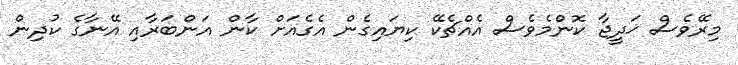
މިރޭވެސް ޚަދީޖާ ކޮންމެވެސް އެއްޗެކޭ ކިޔައިގެން އެގެއަށް ކާން އަންބަރާއި އޭނާގެ ކުދިން